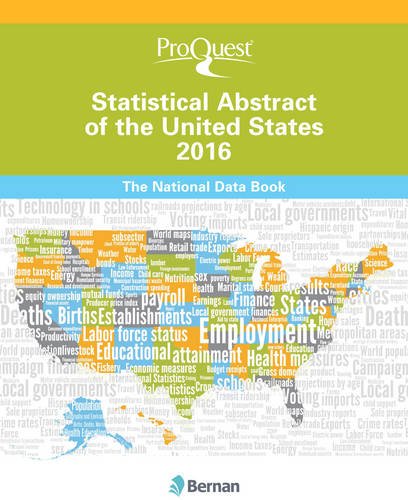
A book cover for ProQuest Statistical Abstract of the United States 2016 (ProQuest Statistical Abstract Series); Bernan Press; Politics & Social Sciences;